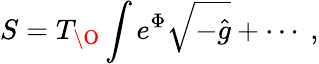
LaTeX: S=T_{\O}\int e^{\Phi}\sqrt{-\hat{g}}+\cdots\ ,